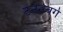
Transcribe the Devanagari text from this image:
टेनेनबर्ग